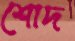
শোদ